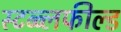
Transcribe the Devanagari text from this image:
स्टब्ब्लफील्ड